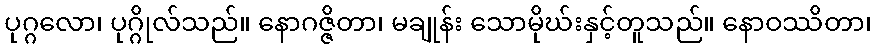
ပုဂ္ဂလော၊ ပုဂ္ဂိုလ်သည်။ နောဂဇ္ဇိတာ၊ မချုန်း သောမိုဃ်းနှင့်တူသည်။ နောဝဿိတာ၊